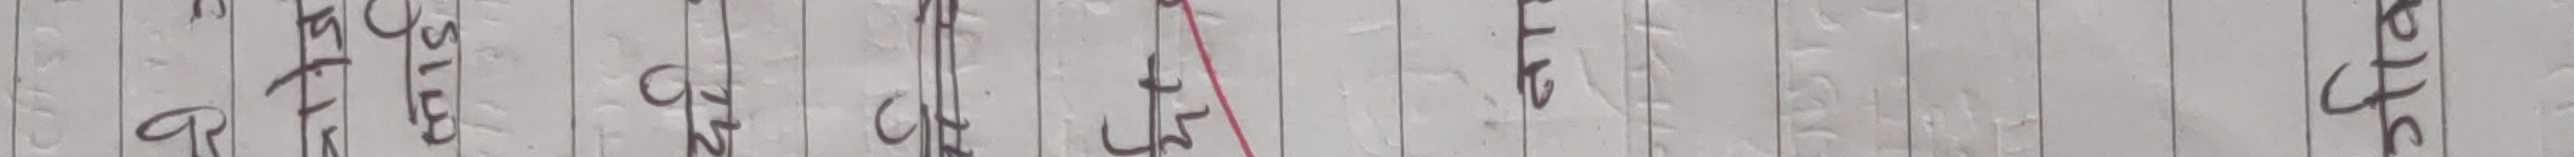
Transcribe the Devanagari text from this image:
अमाफासिलकारचाहिएकोछटमलेछलहिएसालेछ